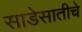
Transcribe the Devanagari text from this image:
साडेसातीचे